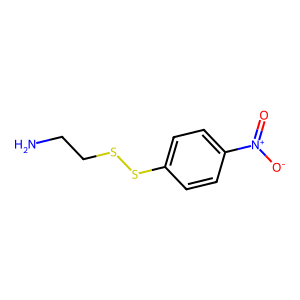
SMILES: NCCSSc1ccc([N+](=O)[O-])cc1
Inhibits HIV replication: No